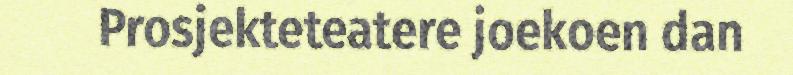
Prosjekteteatere joekoen dan